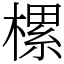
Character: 樏